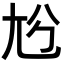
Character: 𡯔